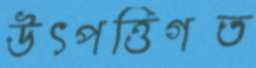
উৎপত্তিগত